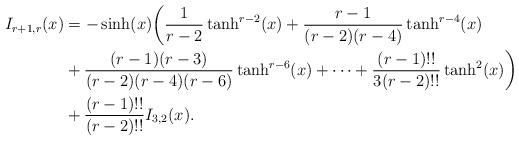
LaTeX: \begin{align*}I_{r+1,r}(x) & = -\sinh(x)\biggl(\frac{1}{r-2}\tanh^{r-2}(x)+\frac{r-1}{(r-2)(r-4)}\tanh^{r-4}(x) \\& +\frac{(r-1)(r-3)}{(r-2)(r-4)(r-6)}\tanh^{r-6}(x)+\dots + \frac{(r-1)!!}{3(r-2)!!}\tanh^2(x)\biggr) \\ & + \frac{(r-1)!!}{(r-2)!!}I_{3,2}(x).\end{align*}